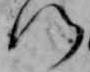
門